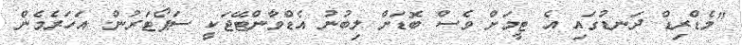
"މެޑްރިޑް ދަނޑުގައި އެ ޓީމަށް ވެސް ބޮޑަށް ލިބުނު އެޑްވާންޓޭޖަކީ ސަޕޯޓަރުން. އަހަރެމެން